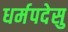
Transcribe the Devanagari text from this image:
धर्मपदेसु